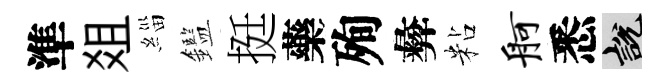
準爼緇鑑挺藥殉彜粘舸悉説